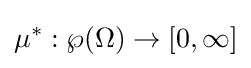
\mu ^{*}:\wp (\Omega )\to [0,\infty ]